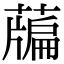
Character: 𦽃